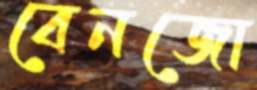
বেনজো